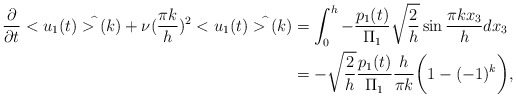
\begin{align*}\frac{\partial}{\partial t} <u_1(t)>^{\widehat{}}(k)+\nu (\frac{\pi k}{h})^2<u_1(t)>^{\widehat{}}(k)&=\int_0^h -\frac{p_1(t)}{\Pi_1}\sqrt{\frac{2}{h}}\sin \frac{\pi k x_3}{h} dx_3\\&=-\sqrt{\frac{2}{h}}\frac{p_1(t)}{\Pi_1}\frac{h}{\pi k}\bigg(1-(-1)^k\bigg),\end{align*}